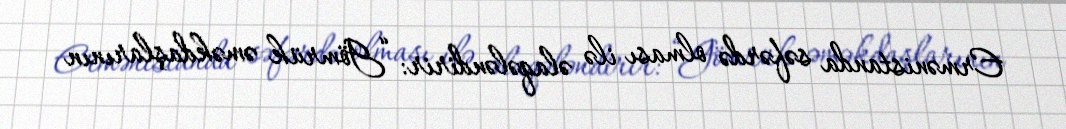
Ermənistanda səfərdə olması ilə əlaqələndirir: “Gömrük əməkdaşlarının